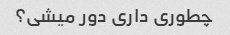
چطوری داری دور میشی؟